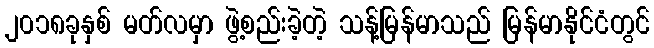
၂၀၁၈ခုနှစ် မတ်လမှာ ဖွဲ့စည်းခဲ့တဲ့ သန့်မြန်မာသည် မြန်မာနိုင်ငံတွင်